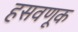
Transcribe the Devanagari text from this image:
हसवणूक